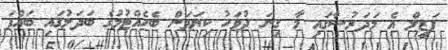
ފަޒީލް އެ މަދަރުސާގައި މާ ގިނަ ދުވަހު ކިޔަވަން ބެހެއްޓުމުގެ ބަދަލުގައި ބައްޕަ